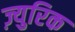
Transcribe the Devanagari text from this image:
ज़्युरिक